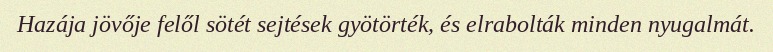
Hazája jövője felől sötét sejtések gyötörték, és elrabolták minden nyugalmát.